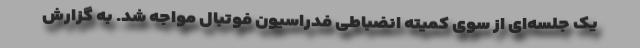
یک جلسه‌ای از سوی کمیته انضباطی فدراسیون فوتبال مواجه شد. به گزارش